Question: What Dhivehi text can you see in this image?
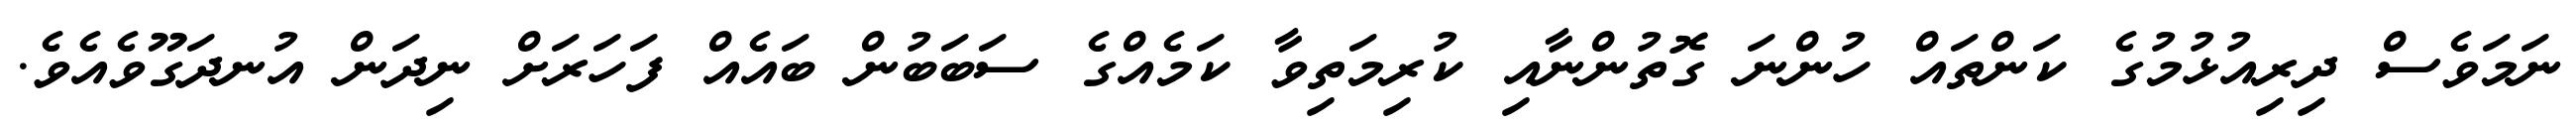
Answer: ނަމަވެސް ދިރިއުޅުމުގެ ކަންތައް ހުންނަ ގޮތުންނާއި ކުރިމަތިވާ ކަމެއްގެ ސަބަބުން ބައެއް ފަހަރަށް ނިދަން އުނދަގޫވެއެވެ.